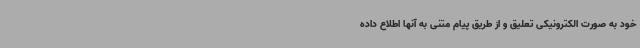
خود به صورت الکترونیکی تعلیق و از طریق پیام متنی به آنها اطلاع داده